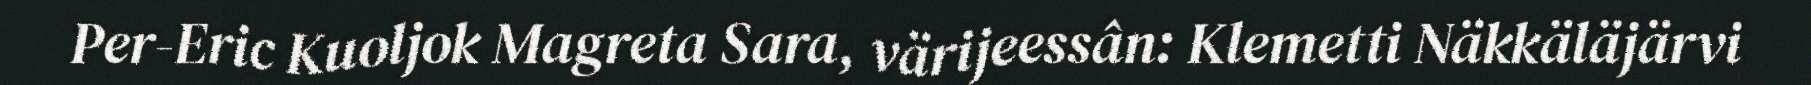
Per-Eric Kuoljok Magreta Sara, värijeessân: Klemetti Näkkäläjärvi